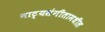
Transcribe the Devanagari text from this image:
नाट्यसंगीतामधील